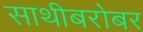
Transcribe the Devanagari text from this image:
साथीबरोबर